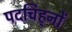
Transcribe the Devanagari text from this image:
पदचिह्‌नों